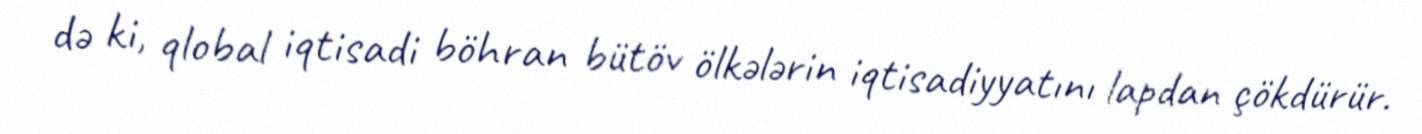
də ki, qlobal iqtisadi böhran bütöv ölkələrin iqtisadiyyatını lapdan çökdürür.